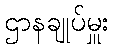
ဌာနချုပ်မှူး